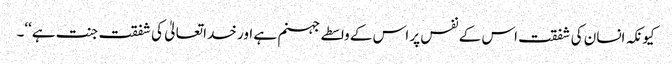
کیونکہ انسان کی شفقت اس کے نفس پر اس کے واسطے جہنم ہے اور خدا تعالیٰ کی شفقت جنت ہے‘‘۔